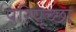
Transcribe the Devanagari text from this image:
परिपृच्छा